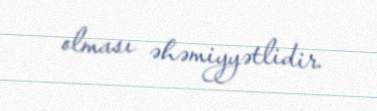
olması əhəmiyyətlidir.